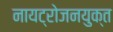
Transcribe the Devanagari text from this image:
नायट्रोजनयुक्त